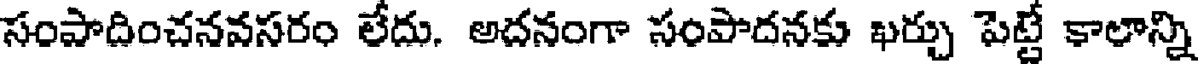
సంపాదించనవసరం లేదు. అదనంగా సంపాదనకు ఖర్చు పెట్టే కాలాన్ని